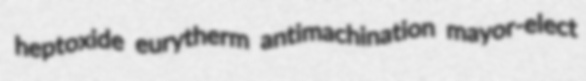
heptoxide eurytherm antimachination mayor-elect